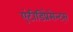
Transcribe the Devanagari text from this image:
एंटीडिप्रेसेन्ट्स